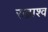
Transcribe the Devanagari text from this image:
रुद्राश्व